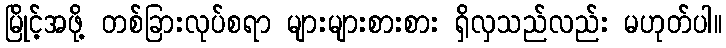
မြိုင့်အဖို့ တစ်ခြားလုပ်စရာ များများစားစား ရှိလှသည်လည်း မဟုတ်ပါ။